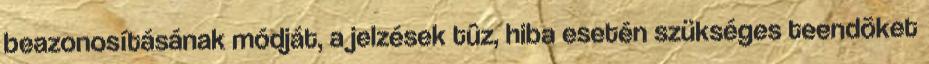
beazonosításának módját, a jelzések tûz, hiba esetén szükséges teendõket